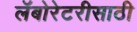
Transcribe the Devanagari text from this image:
लॅबोरेटरीसाठी